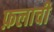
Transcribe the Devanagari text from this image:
फ़लाची